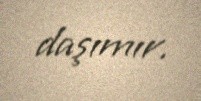
daşımır.